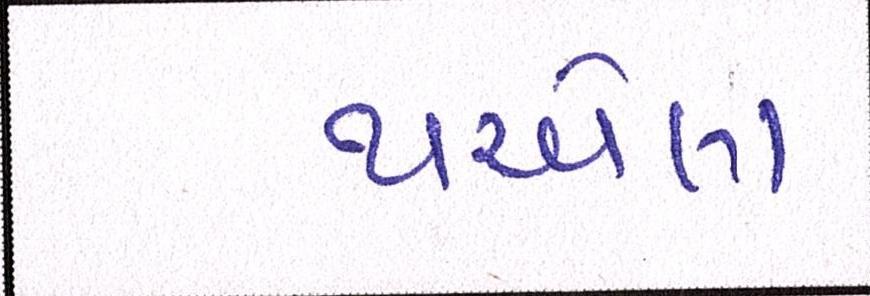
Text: થએલા